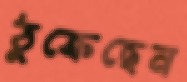
ঠুক্‌রেছেন